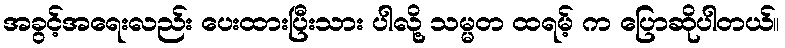
အခွင့်အရေးလည်း ပေးထားပြီးသား ပါလို့ သမ္မတ ထရမ့် က ပြောဆိုပါတယ်။